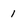
Character: 1